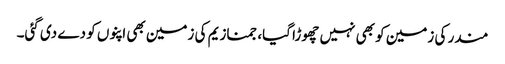
مندر کی زمین کو بھی نہیں چھوڑا گیا، جمنازیم کی زمین بھی اپنوں کو دے دی گئی۔